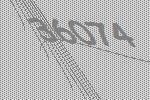
36074